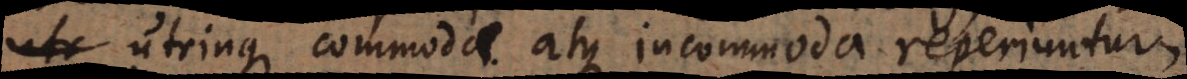
utr utrinque commoda atque incommoda reperiuntur,